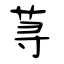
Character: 荨